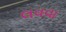
લવવા